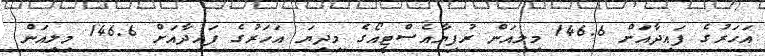
އަހަރުގެ ފައިދާއަށް 146.6 މިލިއަން ރުފިޔާއެސްޓީއޯގެ މިދިޔަ އަހަރުގެ ފައިދާއަށް 146.6 މިލިއަން